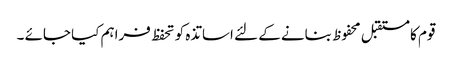
قوم کا مستقبل محفوظ بنانے کے لئے اساتذہ کو تحفظ فراہم کیا جائے ۔